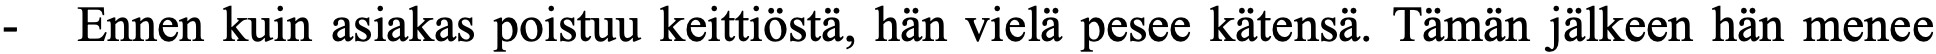
-  Ennen kuin asiakas poistuu keittiöstä, hän vielä pesee kätensä. Tämän jälkeen hän menee